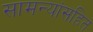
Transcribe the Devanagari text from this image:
सामन्यांसहित